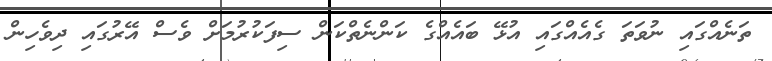
ތަނެއްގައި ނުވަތަ ގެއެއްގައި އުޅޭ ބައެއްގެ ކަންނެތްކަން ސިފަކުރުމަށް ވެސް އޭރުގައި ދިވެހިން